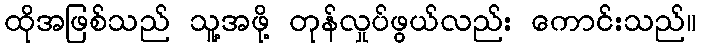
ထိုအဖြစ်သည် သူ့အဖို့ တုန်လှုပ်ဖွယ်လည်း ကောင်းသည်။